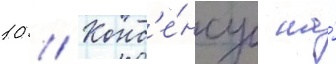
10 // Конс'е́нсус на́